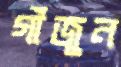
গাঁজুন